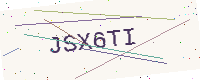
Text: JSX6TI